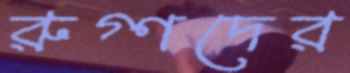
রুগ্ণদের